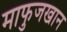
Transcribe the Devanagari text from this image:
माफुजखान